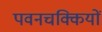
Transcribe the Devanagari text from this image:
पवनचक्कियों